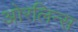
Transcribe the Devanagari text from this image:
ओरलिन्स